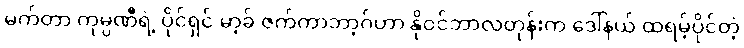
မက်တာ ကုမ္ပဏီရဲ့ ပိုင်ရှင် မာ့ခ် ဇက်ကာဘာ့ဂ်ဟာ နိုဝင်ဘာလတုန်းက ဒေါ်နယ် ထရမ့်ပိုင်တဲ့